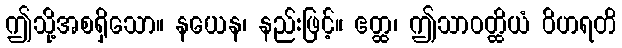
ဤသို့အစရှိသော။ နယေန၊ နည်းဖြင့်။ ဧတ္ထ၊ ဤသာဝတ္ထိယံ ဝိဟရတိ